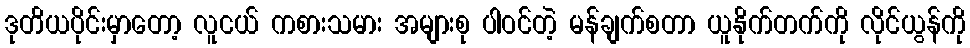
ဒုတိယပိုင်းမှာတော့ လူငယ် ကစားသမား အများစု ပါဝင်တဲ့ မန်ချက်စတာ ယူနိုက်တက်ကို လိုင်ယွန်ကို